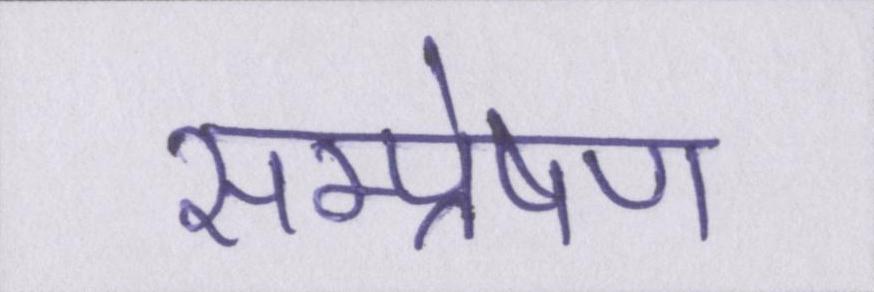
सम्प्रेषण